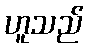
ဟူသည်